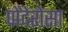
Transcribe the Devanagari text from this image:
पोंदेरोसा